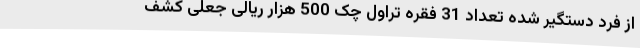
از فرد دستگیر شده تعداد 31 فقره تراول چک 500 هزار ریالی جعلی کشف